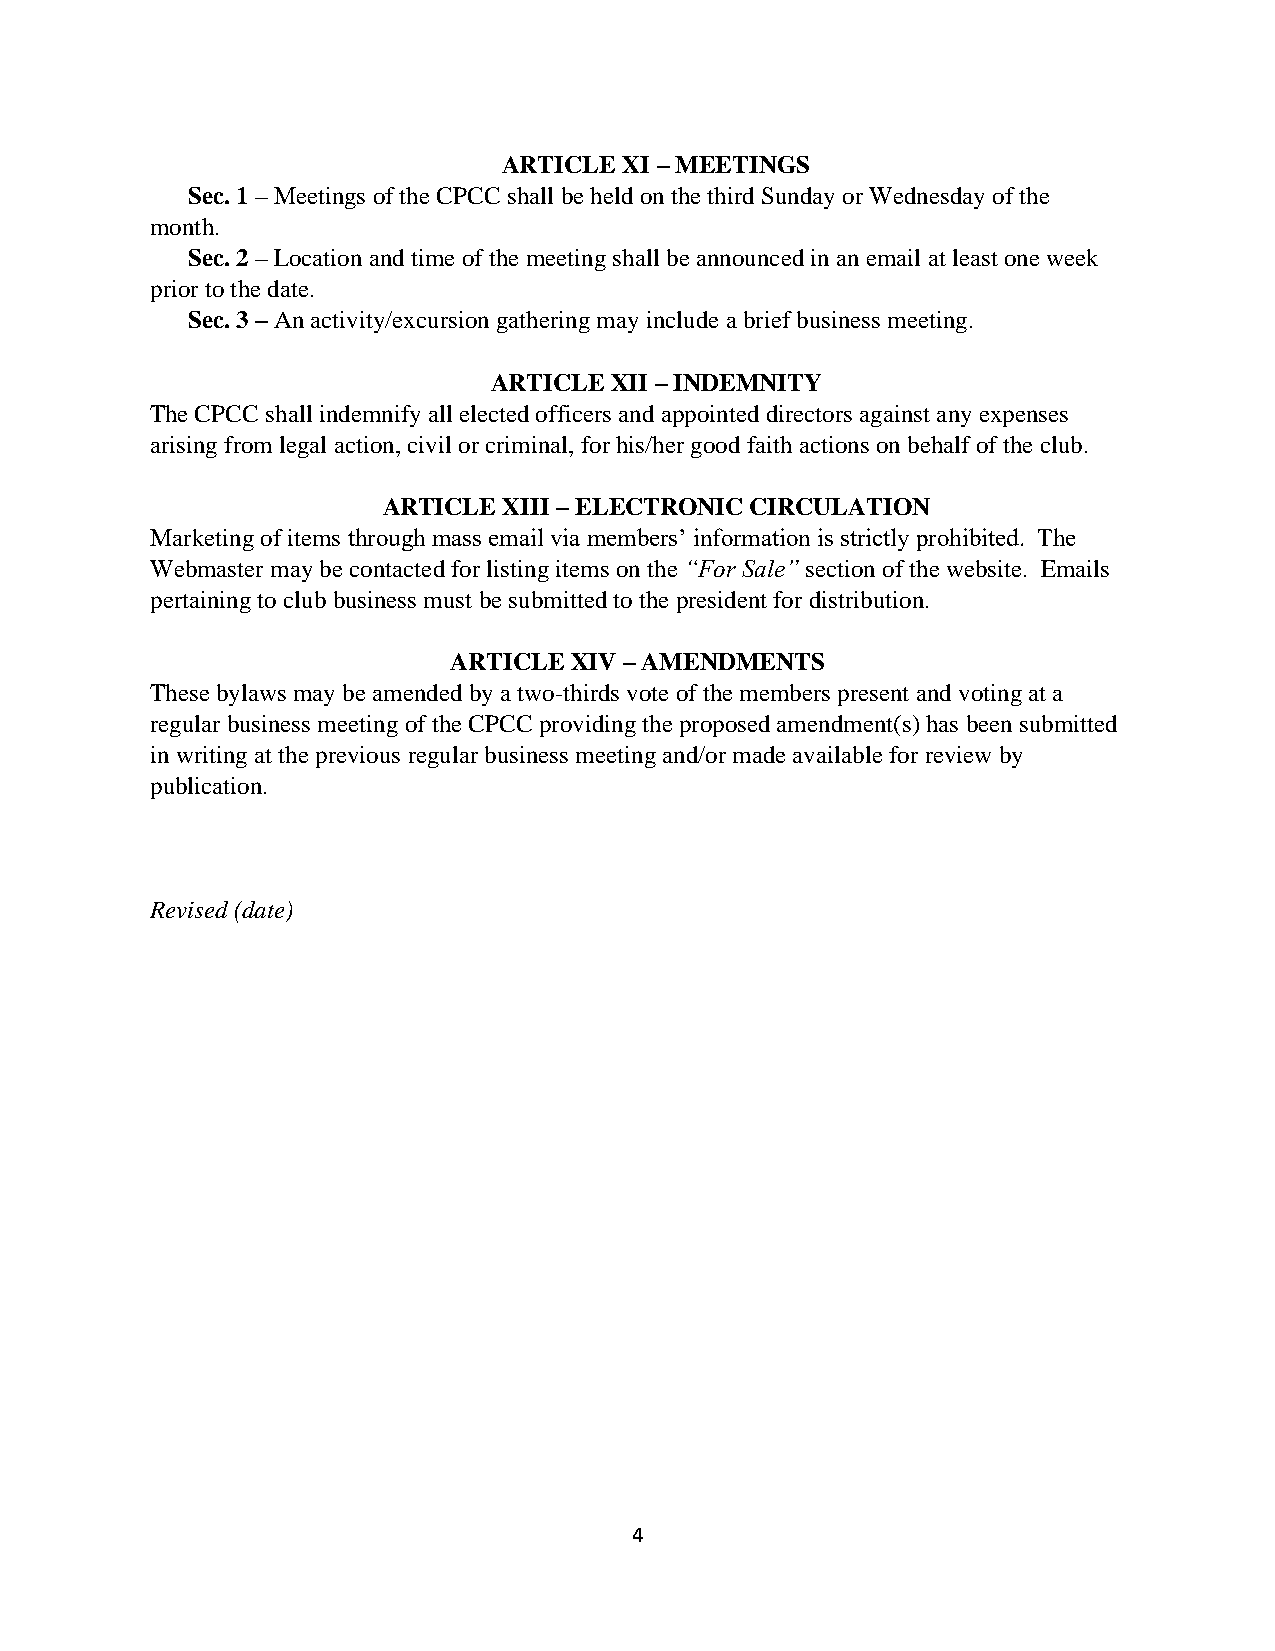
ARTICLE XI – MEETINGS
 Sec. 1 – Meetings of the CPCC shall be held on the third Sunday or Wednesday of the
 month.
 Sec. 2 – Location and time of the meeting shall be announced in an email at least one week
 prior to the date.
 Sec. 3 – An activity/excursion gathering may include a brief business meeting.
 ARTICLE XII – INDEMNITY
 The CPCC shall indemnify all elected officers and appointed directors against any expenses
 arising from legal action, civil or criminal, for his/her good faith actions on behalf of the club.
 ARTICLE XIII – ELECTRONIC CIRCULATION
 Marketing of items through mass email via members’ information is strictly prohibited. The
 Webmaster may be contacted for listing items on the “For Sale” section of the website. Emails
 pertaining to club business must be submitted to the president for distribution.
 ARTICLE XIV – AMENDMENTS
 These bylaws may be amended by a two-thirds vote of the members present and voting at a
 regular business meeting of the CPCC providing the proposed amendment(s) has been submitted
 in writing at the previous regular business meeting and/or made available for review by
 publication.
 Revised (date)
 4